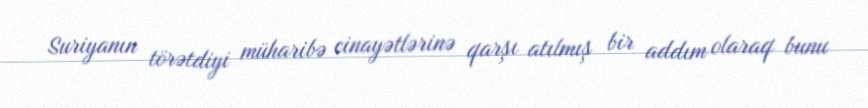
Suriyanın törətdiyi müharibə cinayətlərinə qarşı atılmış bir addım olaraq bunu